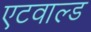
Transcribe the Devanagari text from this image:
एटवाल्ड